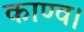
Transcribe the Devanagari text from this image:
काण्व।